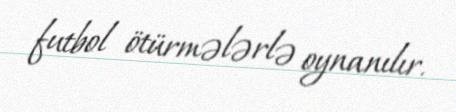
futbol ötürmələrlə oynanılır.